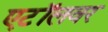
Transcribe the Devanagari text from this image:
एटॉलवर